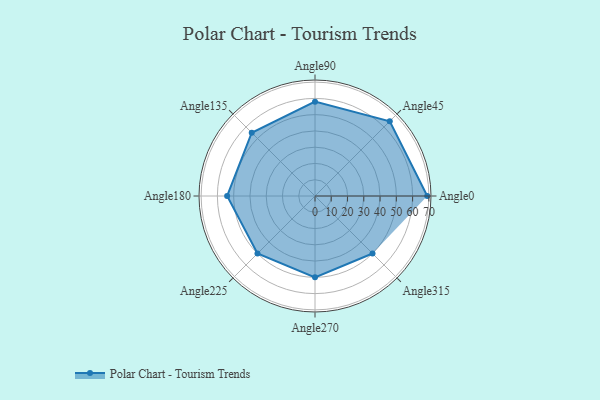
{"axis": {"x": "Angle", "y": "Radius"}, "legend": [""], "data": [{"x": "Angle0", "y": 69.0, "type": ""}, {"x": "Angle45", "y": 65.0, "type": ""}, {"x": "Angle90", "y": 58.0, "type": ""}, {"x": "Angle135", "y": 55.0, "type": ""}, {"x": "Angle180", "y": 54.0, "type": ""}, {"x": "Angle225", "y": 50, "type": ""}, {"x": "Angle270", "y": 50, "type": ""}, {"x": "Angle315", "y": 50, "type": ""}]}